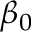
\beta _ { 0 }